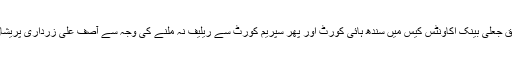
مبصرین کے مطابق جعلی بینک اکاونٹس کیس میں سندھ ہائی کورٹ اور پھر سپریم کورٹ سے ریلیف نہ ملنے کی وجہ سے آصف علی زرداری پریشان دکھائی دیے ہیں۔